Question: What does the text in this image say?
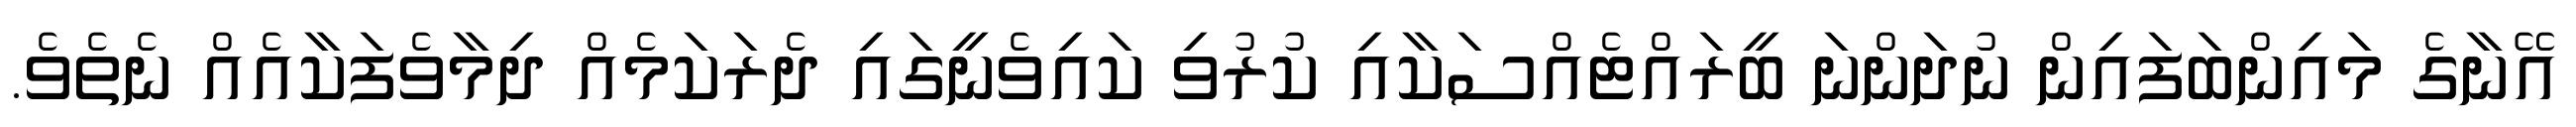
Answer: އޭނާގެ މައިންބަފައިން ނުދަންނަ ބީރައްޓެއްސަކާއި ކުރުވި ކައިވެނީގައި ދެރަކަމެއް ދިމާވެފަކާއެއް ނެތެވެ.